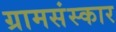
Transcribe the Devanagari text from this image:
ग्रामसंस्कार